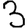
Digit: 3